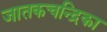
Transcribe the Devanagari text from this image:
जातकचन्द्रिका